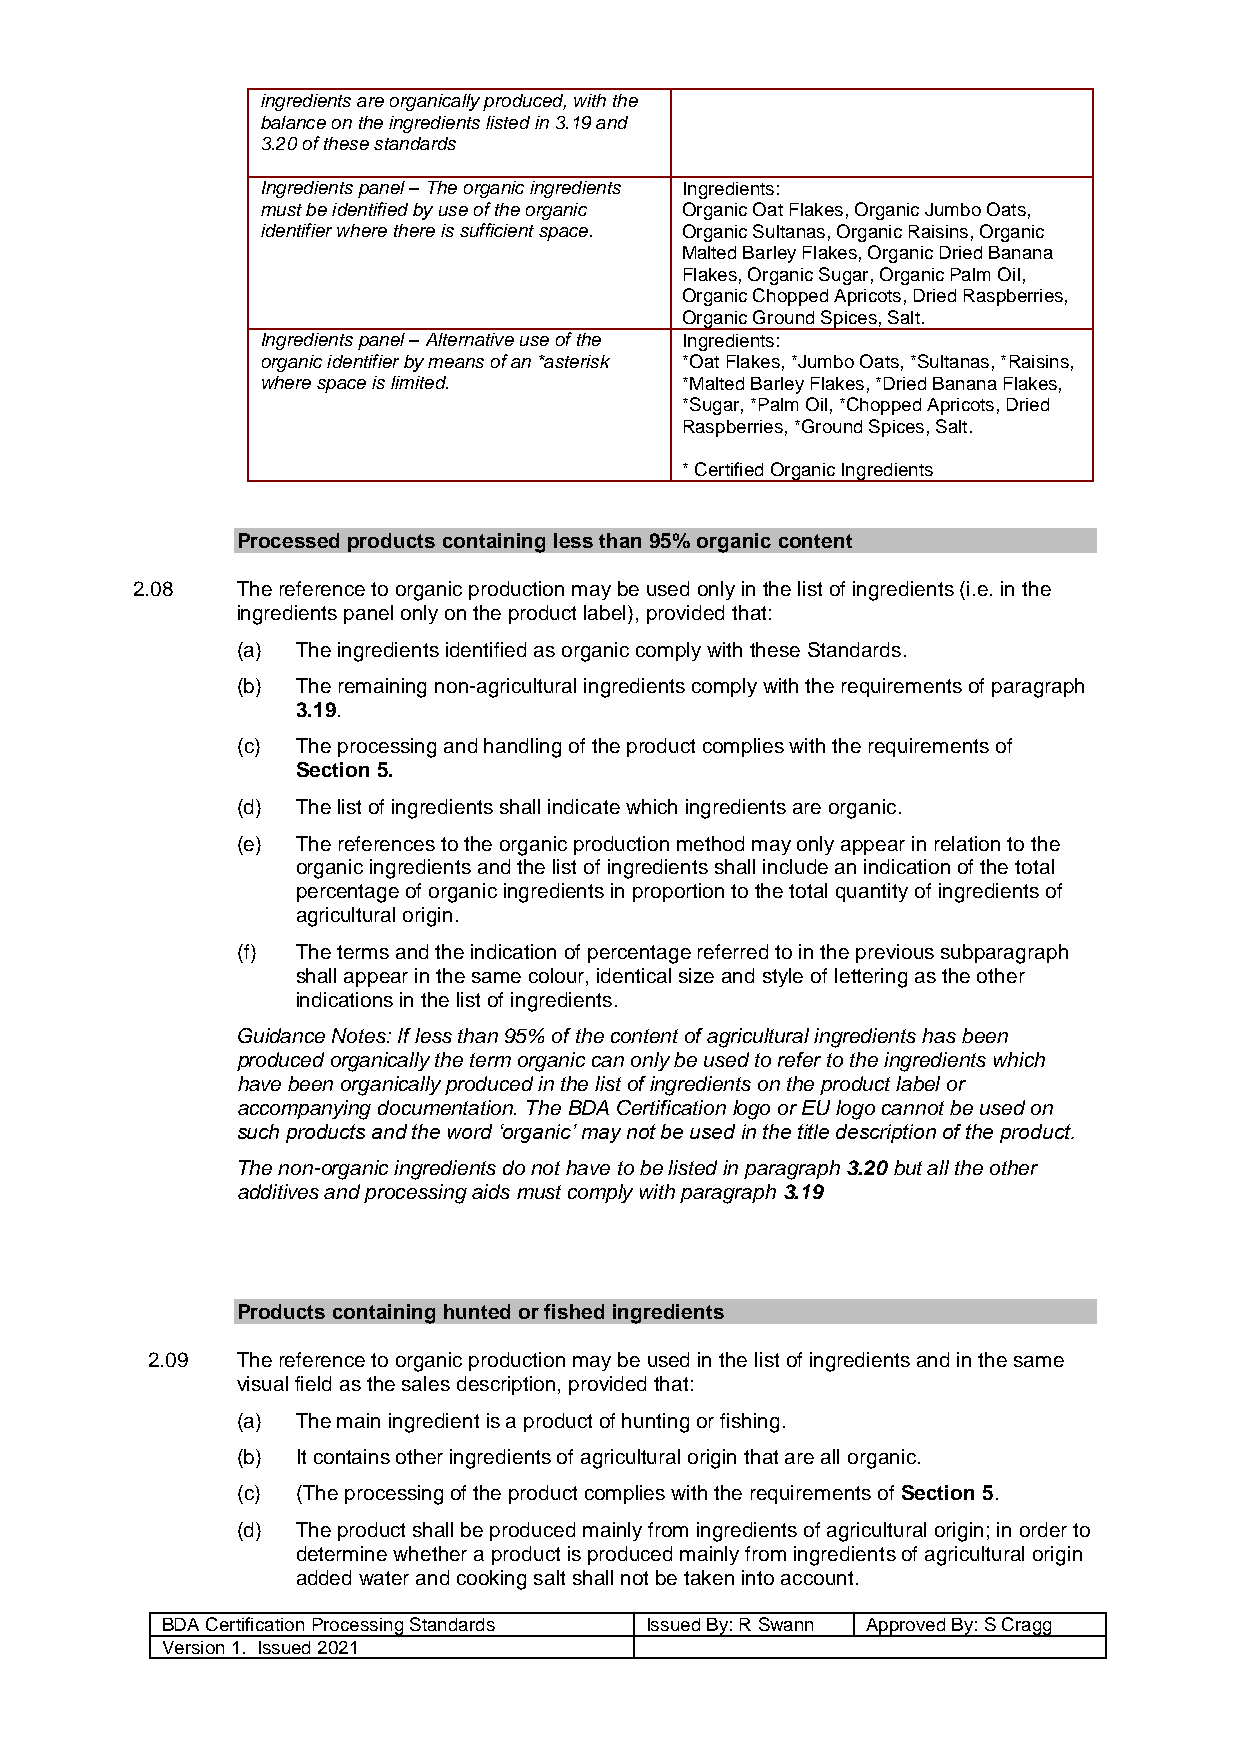
ingredients are organically produced, with the
 balance on the ingredients listed in 3.19 and
 3.20 of these standards
 Ingredients panel – The organic ingredients Ingredients:
 must be identified by use of the organic Organic Oat Flakes, Organic Jumbo Oats,
 identifier where there is sufficient space. Organic Sultanas, Organic Raisins, Organic
 Malted Barley Flakes, Organic Dried Banana
 Flakes, Organic Sugar, Organic Palm Oil,
 Organic Chopped Apricots, Dried Raspberries,
 Organic Ground Spices, Salt.
 Ingredients panel – Alternative use of the Ingredients:
 organic identifier by means of an *asterisk *Oat Flakes, *Jumbo Oats, *Sultanas, *Raisins,
 where space is limited.     *Malted Barley Flakes, *Dried Banana Flakes,
 *Sugar, *Palm Oil, *Chopped Apricots, Dried
 Raspberries, *Ground Spices, Salt.
 * Certified Organic Ingredients
 Processed products containing less than 95% organic content
 2.08   The reference to organic production may be used only in the list of ingredients (i.e. in the
 ingredients panel only on the product label), provided that:
 (a) The ingredients identified as organic comply with these Standards.
 (b) The remaining non-agricultural ingredients comply with the requirements of paragraph
 3.19.
 (c) The processing and handling of the product complies with the requirements of
 Section 5.
 (d) The list of ingredients shall indicate which ingredients are organic.
 (e) The references to the organic production method may only appear in relation to the
 organic ingredients and the list of ingredients shall include an indication of the total
 percentage of organic ingredients in proportion to the total quantity of ingredients of
 agricultural origin.
 (f) The terms and the indication of percentage referred to in the previous subparagraph
 shall appear in the same colour, identical size and style of lettering as the other
 indications in the list of ingredients.
 Guidance Notes: If less than 95% of the content of agricultural ingredients has been
 produced organically the term organic can only be used to refer to the ingredients which
 have been organically produced in the list of ingredients on the product label or
 accompanying documentation. The BDA Certification logo or EU logo cannot be used on
 such products and the word ‘organic’ may not be used in the title description of the product.
 The non-organic ingredients do not have to be listed in paragraph 3.20 but all the other
 additives and processing aids must comply with paragraph 3.19
 Products containing hunted or fished ingredients
 2.09  The reference to organic production may be used in the list of ingredients and in the same
 visual field as the sales description, provided that:
 (a) The main ingredient is a product of hunting or fishing.
 (b) It contains other ingredients of agricultural origin that are all organic.
 (c) (The processing of the product complies with the requirements of Section 5.
 (d) The product shall be produced mainly from ingredients of agricultural origin; in order to
 determine whether a product is produced mainly from ingredients of agricultural origin
 added water and cooking salt shall not be taken into account.
 BDA Certification Processing Standards Issued By: R Swann Approved By: S Cragg
 Version 1. Issued 2021